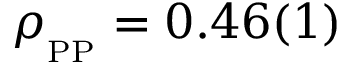
\rho _ { _ { \mathrm { P P } } } = 0 . 4 6 ( 1 )